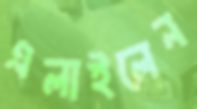
এলাইলেন